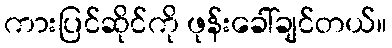
ကားပြင်ဆိုင်ကို ဖုန်းခေါ်ချင်တယ်။